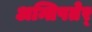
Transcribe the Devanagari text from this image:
अन्तिपतेर्